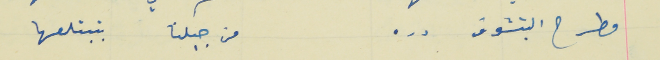
مطرح البتشوف دره                                                من جبلنا بتبتلعها